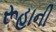
રૂહાની